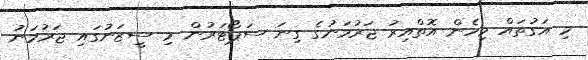
މި އަގުތައް މިހެން އޮތްއިރު ޖަރުމަނުގެ ގިނަ ސަޕޯޓަރުން މި ސީޒަނުގައި ޖަރުމަނު